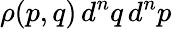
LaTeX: \rho(p,q)\, d^{n}q\, d^{n}p